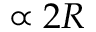
\propto 2 R